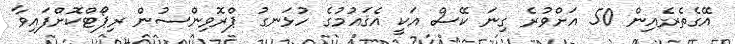
އޭގެތެރެއިން 50 އަށްވުރެ ގިނަ ކޭސް އަކީ އެޤައުމުގެ ހުޅަނގު ޕްރޮވިންސުން ރިޕޯޓްކޮށްފައިވާ